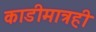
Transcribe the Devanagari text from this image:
काडीमात्रही